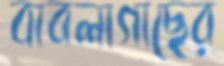
বাবলাগাছের